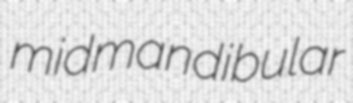
midmandibular